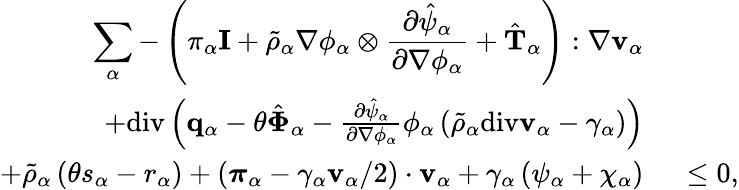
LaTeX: \begin{array}{rl}{\displaystyle\sum_{\alpha}-\left(\pi_{\alpha}\mathbf{I}+\tilde{\rho}_{\alpha}\nabla\phi_{\alpha}\otimes\frac{\partial\hat{\psi}_{\alpha}}{\partial\nabla\phi_{\alpha}}+\hat{\mathbf{T}}_{\alpha}\right):\nabla\mathbf{v}_{\alpha}}&{}\\ {+\mathrm{div}\left(\mathbf{q}_{\alpha}-\theta\hat{\boldsymbol{\Phi}}_{\alpha}-\frac{\partial\hat{\psi}_{\alpha}}{\partial\nabla\phi_{\alpha}}\phi_{\alpha}\left(\tilde{\rho}_{\alpha}\mathrm{div}\mathbf{v}_{\alpha}-\gamma_{\alpha}\right)\right)}&{}\\ {+\tilde{\rho}_{\alpha}\left(\theta s_{\alpha}-r_{\alpha}\right)+\left(\boldsymbol{\pi}_{\alpha}-\gamma_{\alpha}\mathbf{v}_{\alpha}/2\right)\cdot\mathbf{v}_{\alpha}+\gamma_{\alpha}\left(\psi_{\alpha}+\chi_{\alpha}\right)}&{~\leq 0,}\end{array}